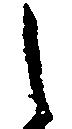
し